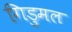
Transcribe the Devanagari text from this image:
गिडुमल